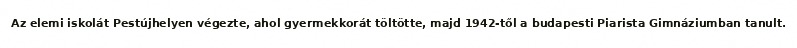
Az elemi iskolát Pestújhelyen végezte, ahol gyermekkorát töltötte, majd 1942-től a budapesti Piarista Gimnáziumban tanult.